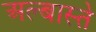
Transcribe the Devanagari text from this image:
अल्बास्ते